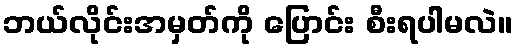
ဘယ်လိုင်းအမှတ်ကို ပြောင်း စီးရပါမလဲ။